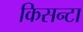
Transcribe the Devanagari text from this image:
किसन्टा